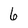
Character: 6